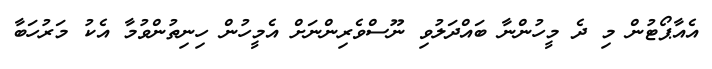
އެއާޕޯޓުން މި ދެ މީހުންނާ ބައްދަލުވި ނޫސްވެރިންނަށް އެމީހުން ހިނިތުންވުމާ އެކު މަރުހަބާ